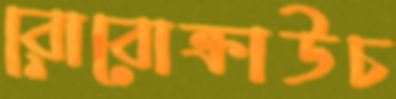
রোবোক্রাউচ